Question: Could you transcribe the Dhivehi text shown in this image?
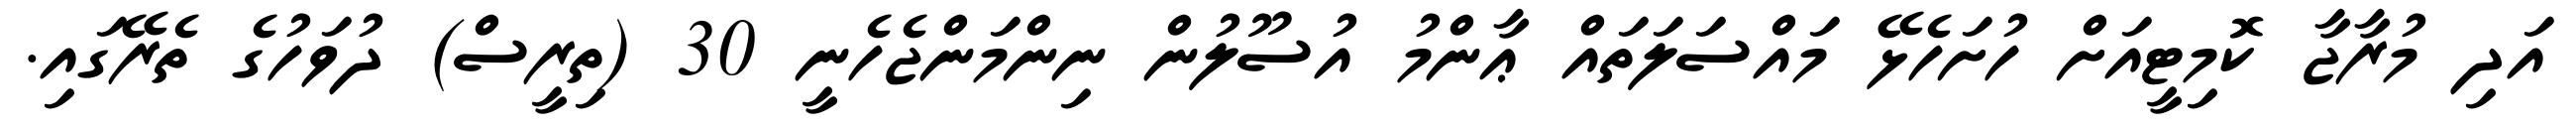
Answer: އަދި މުރާޖާ ކޮމިޓީއަށް ހުށަހެޅޭ މައްސަލަތައް ޢާންމު އުސޫލުން ނިންމަންޖެހެނީ 30 (ތިރީސް) ދުވަހުގެ ތެރޭގައި.